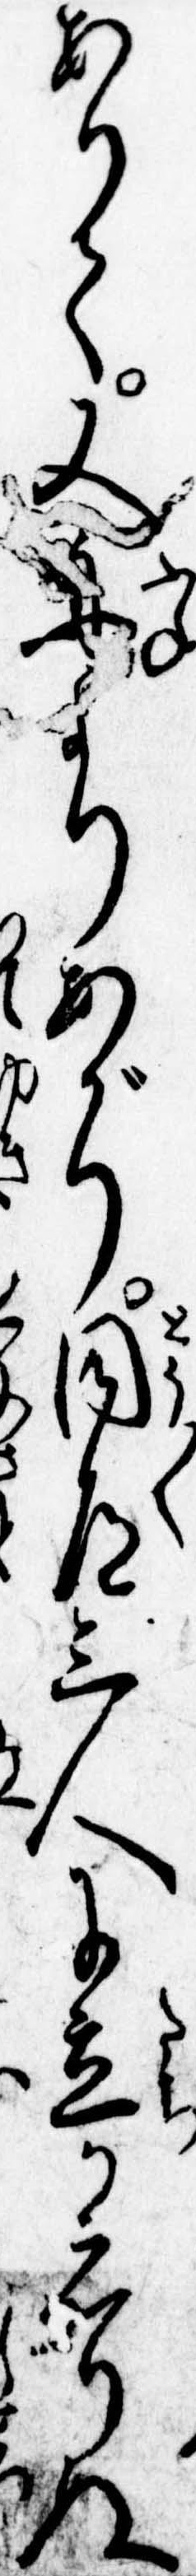
ありて又舟よりあがり同道三人に立かえりぬ